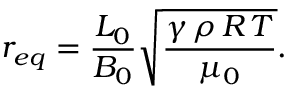
r _ { e q } = \frac { L _ { 0 } } { B _ { 0 } } \sqrt { \frac { \gamma \, \rho \, R \, T } { \mu _ { 0 } } } .